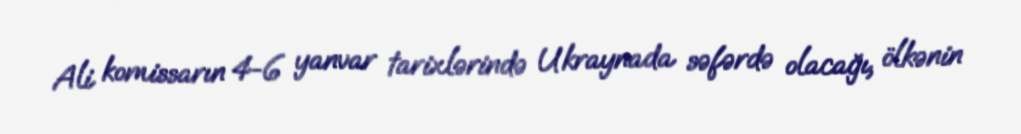
Ali komissarın 4-6 yanvar tarixlərində Ukraynada səfərdə olacağı, ölkənin